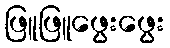
ဖြူဖြူဖွေးဖွေး